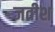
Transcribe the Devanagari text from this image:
जतीश